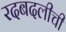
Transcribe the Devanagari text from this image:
रदबदलीची